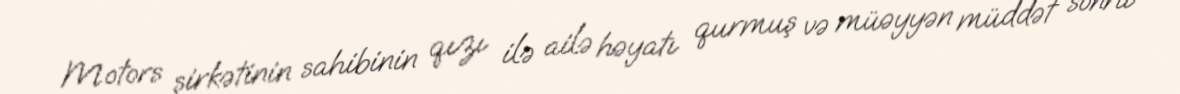
Motors şirkətinin sahibinin qızı ilə ailə həyatı qurmuş və müəyyən müddət sonra